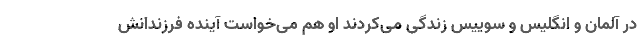
در آلمان و انگلیس و سوییس زندگی می‌کردند او هم می‌خواست آینده فرزندانش